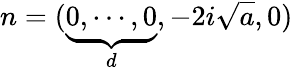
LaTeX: n=(\underbrace{0,\cdots,0}_{d},-2i\sqrt{a},0)